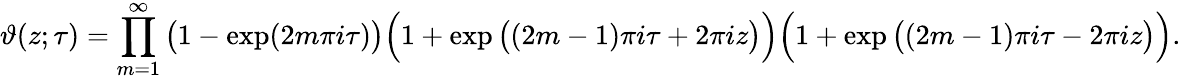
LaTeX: \vartheta(z;\tau)=\prod_{m=1}^{\infty}{\big(}1-\exp(2m\pi i\tau){\big)}{\Big(}1+\exp{\big(}(2m-1)\pi i\tau+2\pi iz{\big)}{\Big)}{\Big(}1+\exp{\big(}(2m-1)\pi i\tau-2\pi iz{\big)}{\Big)}.